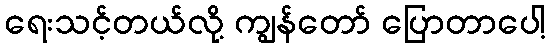
ရေးသင့်တယ်လို့ ကျွန်တော် ပြောတာပေါ့